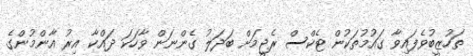
ތަހުޒީބުވެފައިވާ ގައުމުތަކުން ޓެކްސް ރެޖީމަށް ބަދަލު ގެންނަން ވާހަކަ ދައްކާ އިރު އާންމުންގެ